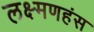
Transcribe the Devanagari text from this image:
लक्ष्मणहंस